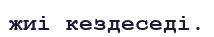
жиі кездеседі.